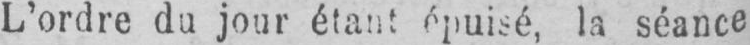
L’ordre du jour étant épuisé, la séance